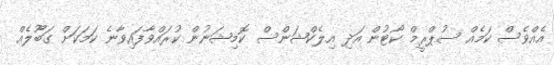
އެއްވެސް ކަމެއް ސުޕްރީމް ކޯޓުން އަދި އިލެކްޝަންސް ކޮމިޝަނުން ކުރައްވާފައިވާނެ ކަމަކަށް ގަބޫލެއް